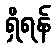
ရှိရန်